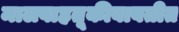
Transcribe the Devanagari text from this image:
मालवाहतूकीबाबतीत